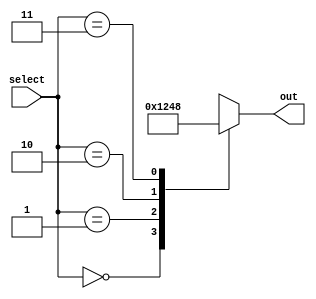
`timescale 1ns / 1ps
//////////////////////////////////////////////////////////////////////////////////
// Company: 
// Engineer: 
// 
// Design Name: 
// Module Name: binary_2x4
// Project Name: 
// Target Devices: 
// Tool Versions: 
// Description: 
// 
// Dependencies: 
// 
// Revision:
// Revision 0.01 - File Created
// Additional Comments:
// 
//////////////////////////////////////////////////////////////////////////////////


module decoder_2x4(input [1:0] select, output reg [3:0] out);

always @(*)
begin
    case (select)
        2'b00: out = 4'b0001;
        2'b01: out = 4'b0010;
        2'b10: out = 4'b0100;
        2'b11: out = 4'b1000;
        default: out = 4'b0000;
    endcase
end

endmodule